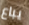
يباع